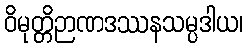
ဝိမုတ္တိဉာဏဒဿနသမ္ပဒါယ၊